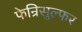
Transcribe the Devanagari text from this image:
फेन्रिसुल्फर